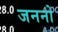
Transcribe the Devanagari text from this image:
जननो